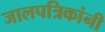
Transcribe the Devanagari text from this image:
जालपत्रिकांनी